Indian journal of veterinary science and animal husbandry - Volumes 26-27, 1956-1957
Year: 1956
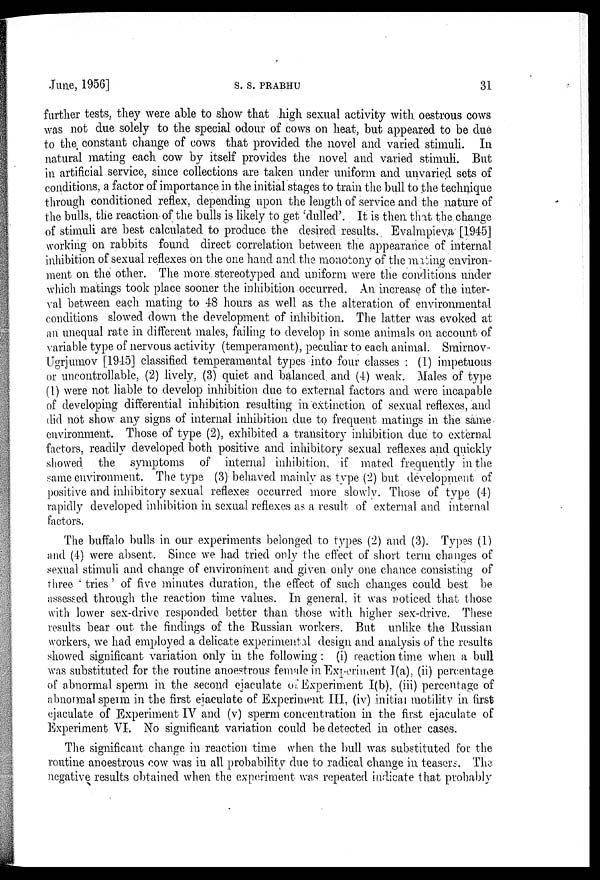
June, 1956]
S.
S.
PRABHU
31
further tests, they were able to show that high sexual activity with oestrous cows
was not due solely to the special odour of cows on heat, but appeared to be due
to the constant change of cows that provided the novel and varied stimuli. In
natural mating each cow by itself provides the novel and varied stimuli. But
in artificial service, since collections are taken under uniform and unvaried sets of
conditions, a factor of importance in the initial stages to train the bull to the technique
through conditioned reflex, depending upon the length of service and the nature of
the bulls, the reaction of the bulls is likely to get 'dulled'. It is then that the change
of stimuli are best calculated to produce the desired results. Evalmpieva [1945]
working on rabbits found direct correlation between the appearance of internal
inhibition of sexual reflexes on the one hand and the monotony of the mating environ-
ment on the other. The more stereotyped and uniform were the conditions under
which matings took place sooner the inhibition occurred. An increase of the inter-
val between each mating to 48 hours as well as the alteration of environmental
conditions slowed down the development of inhibition. The latter was evoked at
an unequal rate in different males, failing to develop in some animals on account of
variable type of nervous activity (temperament), peculiar to each animal. Smirnov-
Ugrjumov [1945] classified temperamental types into four classes : (1) impetuous
or uncontrollable, (2) lively, (3) quiet and balanced and (4) weak. Males of type
(1) were not liable to develop inhibition due to external factors and were incapable
of developing differential inhibition resulting in extinction of sexual reflexes, and
did not show any signs of internal inhibition clue to frequent matings in the same
environment. Those of type (2), exhibited a transitory inhibition due to external
factors, readily developed both positive and inhibitory sexual reflexes and quickly
showed the symptoms of internal inhibition, if mated frequently in the
same environment. The type (3) behaved mainly as type (2) but development of
positive and inhibitory sexual reflexes occurred more slowly. Those of type (4)
rapidly developed inhibition in sexual reflexes as a result of external and internal
factors.
The buffalo bulls in our experiments belonged to types (2) and (3). Types (1)
and (4) were absent. Since we had tried only the effect of short term changes of
sexual stimuli and change of environment and given only one chance consisting of
three ' tries ' of five minutes duration, the effect of such changes could best be
assessed through the reaction time values. In general, it was noticed that those
with lower sex-drive responded better than those with higher sex-drive. These
results bear out the findings of the Russian workers. But unlike the Russian
workers, we had employed a delicate experimental design and analysis of the results
showed significant variation only in the following : (i) reaction time when a bull
was substituted for the routine anoestrous female in Experiment I(a), (ii) percentage
of abnormal sperm in the second ejaculate of Experiment I(b), (iii) percentage of
abnormal sperm in the first ejaculate of Experiment III, (iv) initial motility in first
ejaculate of Experiment IV and (v) sperm concentration in the first ejaculate of
Experiment VI. No significant variation could be detected in other cases.
The significant change in reaction time when the bull was substituted for the
routine anoestrous cow was in all probability due to radical change in. teasers. The
negative results obtained when the experiment was repeated indicate that probably